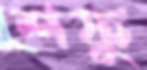
শফু